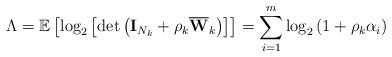
LaTeX: \begin{align*}\Lambda = \mathbb{E}\left[\log_2 \left[ \det \left(\mathbf{I}_{N_k} + \rho_k\mathbf{\overline{W}}_k\right) \right]\right]=\sum_{i=1}^m \log_2 \left( 1+\rho_k\alpha_i\right)\end{align*}